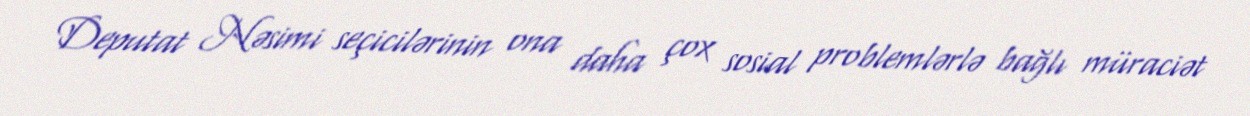
Deputat Nəsimi seçicilərinin ona daha çox sosial problemlərlə bağlı müraciət